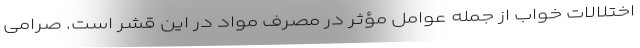
اختلالات خواب از جمله عوامل مؤثر در مصرف مواد در این قشر است. صرامی